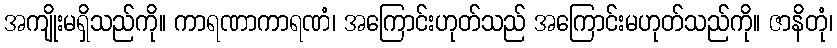
အကျိုးမရှိသည်ကို။ ကာရဏာကာရဏံ၊ အကြောင်းဟုတ်သည် အကြောင်းမဟုတ်သည်ကို။ ဇာနိတုံ၊